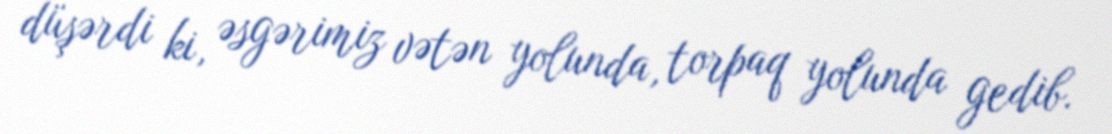
düşərdi ki, əsgərimiz vətən yolunda, torpaq yolunda gedib.